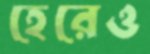
হেরেও